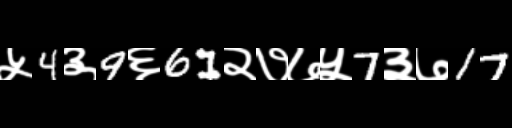
Text: ५4३9६61२७७५7३७17